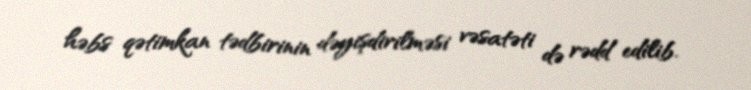
həbs qətimkan tədbirinin dəyişdirilməsi vəsatəti də rədd edilib.